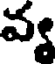
వ్య